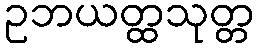
ဥဘယတ္ထသုတ္တ